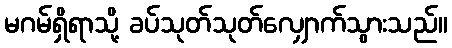
မဂမ်ရှိရာသို့ ခပ်သုတ်သုတ်လျှောက်သွားသည်။